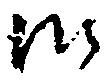
御